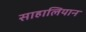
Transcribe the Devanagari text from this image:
साहालियान